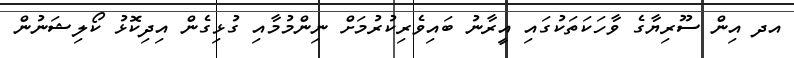
އދ އިން ސޫރިޔާގެ ވާހަކަތަކުގައި އީރާނު ބައިވެރިކުރުމަށް ނިންމުމާއި ގުޅިގެން އިދިކޮޅު ކޯލިޝަނުން